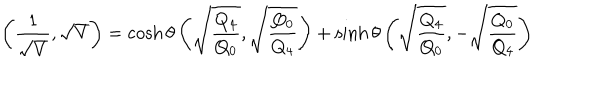
LaTeX: \left( { \frac { 1 } { \sqrt { V } } } , \sqrt { V } \right) = \cosh \theta \left( \sqrt { \frac { Q _ { 4 } } { Q _ { 0 } } } , \sqrt { \frac { Q _ { 0 } } { Q _ { 4 } } } \right) + \sinh \theta \left( \sqrt { \frac { Q _ { 4 } } { Q _ { 0 } } } , - \sqrt { \frac { Q _ { 0 } } { Q _ { 4 } } } \right)